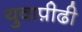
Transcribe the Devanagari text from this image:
युवाप़ीढी